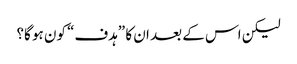
لیکن اس کے بعد ان کا ”ہدف“ کون ہو گا؟